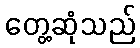
တွေ့ဆုံသည်